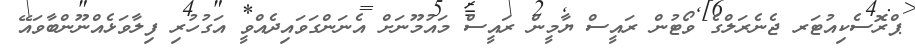
ޕްރޮސެކިއުޓަރ ޖެނެރަލްގެ ވޯޓުން ރައީސް ޔާމީން ރައީސް މައުމޫނަށް އެނަންގަވައިދެއްވީ އަގުހުރި ފިލާވަޅެއްނޫންބާވައޭ